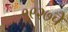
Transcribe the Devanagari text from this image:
१९२७चे